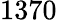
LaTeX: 1370